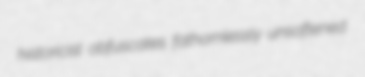
historicist obfuscates fathomlessly unsoftened